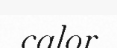
calor